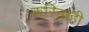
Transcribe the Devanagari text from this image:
करिताही